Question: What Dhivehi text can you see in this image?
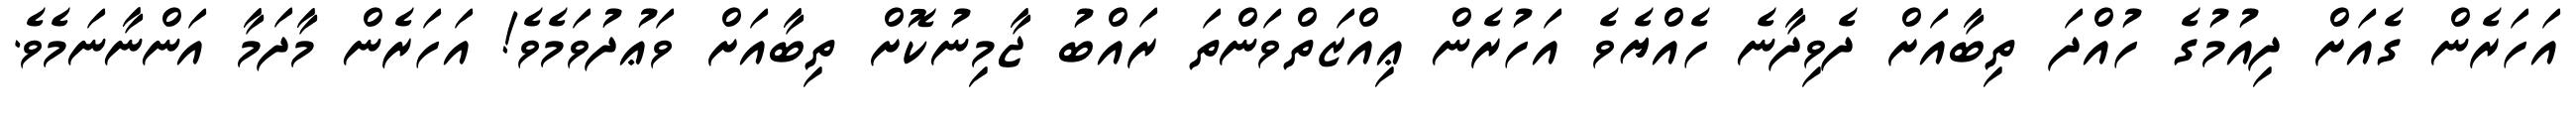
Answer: އަހަރެން ގެއަށް ދިއުމުގެ ހުއްދަ ތިބާއަށް ދެވިދާނެ ހެއްޔެވެ އަހުރެން ޢިއްޒަތްވަންތަ ރައްބު ޖާމިނުކޮށް ތިބާއަށް ވަޢުދުވަމެވެ! އަހަރެން މާދަމާ އަންނާނަމެވެ.